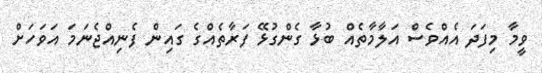
ވީމާ މިފަދަ އެއްވެސް އަލާމާތެއް ބުޅާ ގެންގުޅޭ ފަރާތެއްގެ ގައިން ފެނިއްޖެނަމަ އަވަހަށް